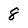
Character: 8